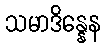
သမာဒိန္နေန